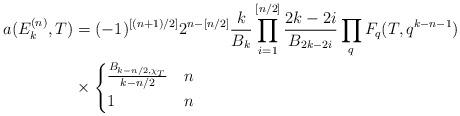
LaTeX: \begin{align*}a(E_k^{(n)},T)&= (-1)^{[(n+1)/2]}2^{n-[n/2]} \frac{k}{B_k} \prod_{i=1}^{[n/2]}\frac{2k-2i}{B_{2k-2i}} \prod_q F_q(T,q^{k-n-1})\\&\times \begin{cases} \frac{B_{k-n/2,\chi_T}}{k-n/2} & n \\1 & n \end{cases}\end{align*}